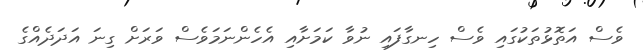
ވެސް އަތޮޅުތަކުގައި ވެސް ހިނގާފައި ނުވާ ކަމަށާއި އެހެންނަމަވެސް ވަރަށް ގިނަ އަދަދެއްގެ